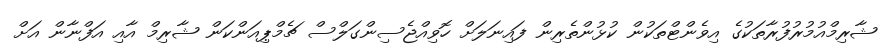
ޝާރިމްއުމުރުފުރާތަކުގެ އިވެންޓްތަކުން ކުޅުންތެރިން ފައިނަލަށް ހޮވިއްޖެސިންގަލްސް ޗެމްޕިއަންކަން ޝާރިމް އާއި އަފްނާން އަށް